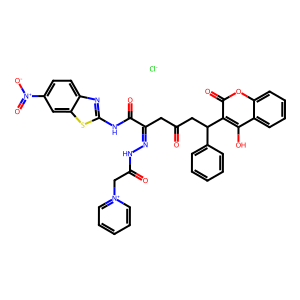
SMILES: O=C(CC(=NNC(=O)C[n+]1ccccc1)C(=O)Nc1nc2ccc([N+](=O)[O-])cc2s1)CC(c1ccccc1)c1c(O)c2ccccc2oc1=O.[Cl-]
Inhibits HIV replication: No